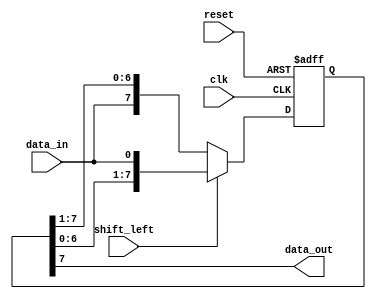
module shift_register(
  input wire clk,         // Clock input
  input wire reset,       // Reset input
  input wire shift_left,  // Shift direction (0: right, 1: left)
  input wire data_in,     // Input data
  output wire data_out    // Output data
);

parameter N = 8;         // Number of stages in the shift register

reg [N-1:0] stages;      // Array of flip-flops to store data

// Sequential logic for shifting data
always @(posedge clk or posedge reset) begin
  if (reset) begin
    stages <= 0;
  end else begin
    if (shift_left) begin
      stages <= {stages[N-2:0], data_in};
    end else begin
      stages <= {data_in, stages[N-1:1]};
    end
  end
end

// Output the data from the last stage
assign data_out = stages[N-1];

endmodule